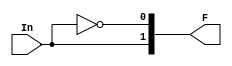
module decoder2to1 (input In, output [1:0] F);
  	assign F[0] = ~In;
  	assign F[1] = In;
endmodule